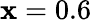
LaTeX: \mathbf{x}=0.6